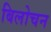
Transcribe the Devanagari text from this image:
बिलोचन